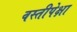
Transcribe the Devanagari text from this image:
वस्तीपेक्षा